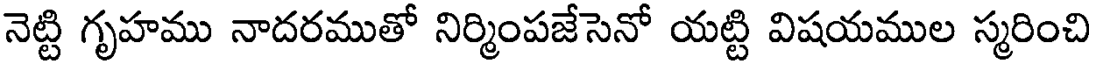
నెట్టి గృహము నాదరముతో నిర్మింపజేసెనో యట్టి విషయముల స్మరించి